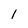
Character: 1